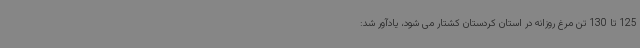
125 تا 130 تن مرغ روزانه در استان کردستان کشتار می شود، یادآور شد: